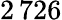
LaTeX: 2\, 726